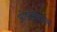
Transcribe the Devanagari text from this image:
ओडोक्वुघल